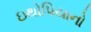
ઇથોપિયાનો